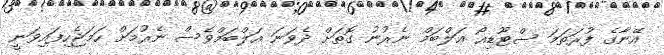
އޭނާގެ ފުރަތަމަ ސްޓޫޑިއޯ އަލްބަމް ނެރުނު ގޮތަށް ދެވަނަ އަަލްބަމްވެސް ނެރުމަށް ހަމަޖެހިފައިވަނީ